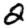
Digit: 2